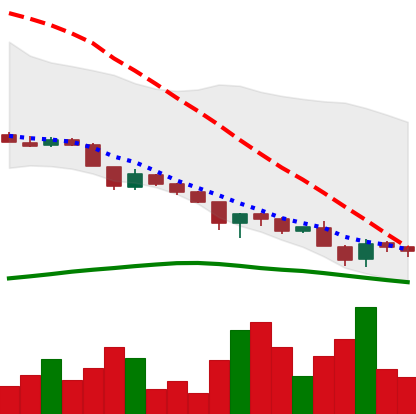
Ticker: DOGE-USD
Chart end date: 2018-11-23
Forward return: -4.871%
Label: down_3_5